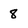
Character: 8